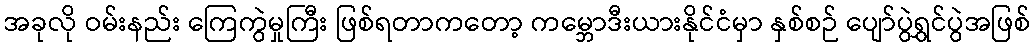
အခုလို ဝမ်းနည်း ကြေကွဲမှုကြီး ဖြစ်ရတာကတော့ ကမ္ဘောဒီးယားနိုင်ငံမှာ နှစ်စဉ် ပျော်ပွဲရွှင်ပွဲအဖြစ်